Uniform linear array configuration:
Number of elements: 32
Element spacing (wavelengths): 0.75
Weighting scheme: exponential
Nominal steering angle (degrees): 30
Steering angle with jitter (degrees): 31.846
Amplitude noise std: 0.05
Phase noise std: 0.05

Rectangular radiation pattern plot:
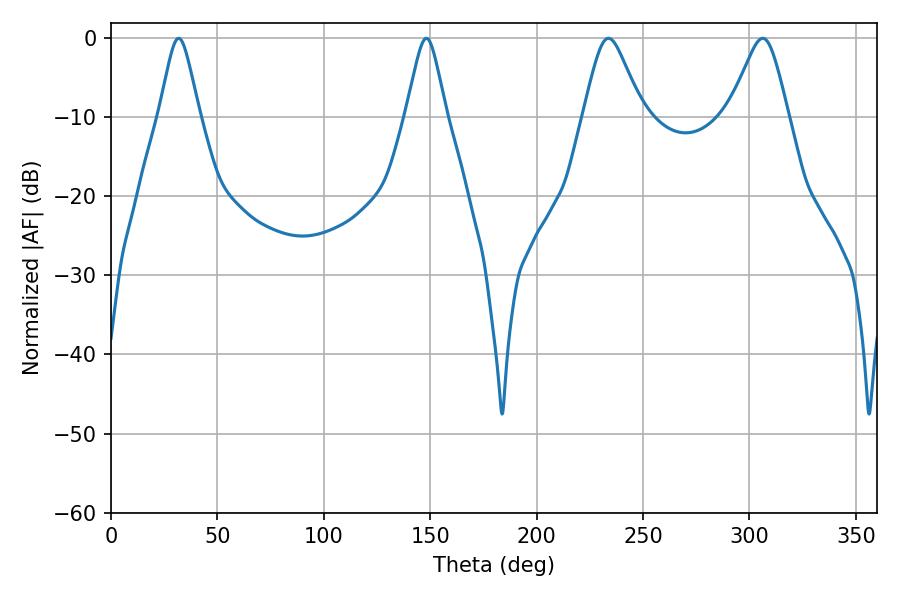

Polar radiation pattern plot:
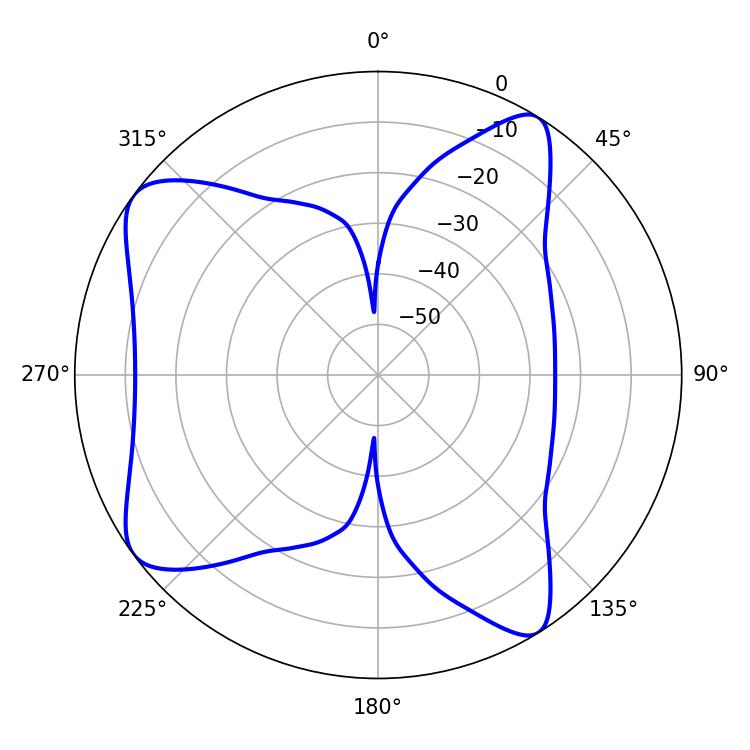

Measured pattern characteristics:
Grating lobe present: TRUE
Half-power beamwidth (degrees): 13.32
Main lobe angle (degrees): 306.18